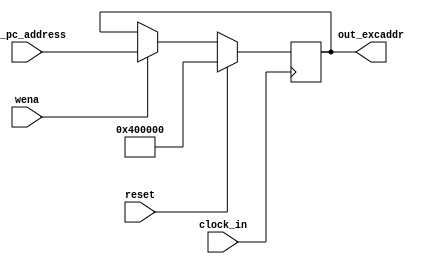
`timescale 1ns / 1ps
module regfile_for_pc(//z
input clock_in,input reset,input [31:0]in_pc_address,input wena,output [31:0]out_excaddr);
reg [31:0]temp_reg;  
always@(negedge clock_in)
begin if(reset)temp_reg <=32'h00400000;//004
else if(wena)temp_reg <= in_pc_address;end
assign out_excaddr = temp_reg;endmodule//PC